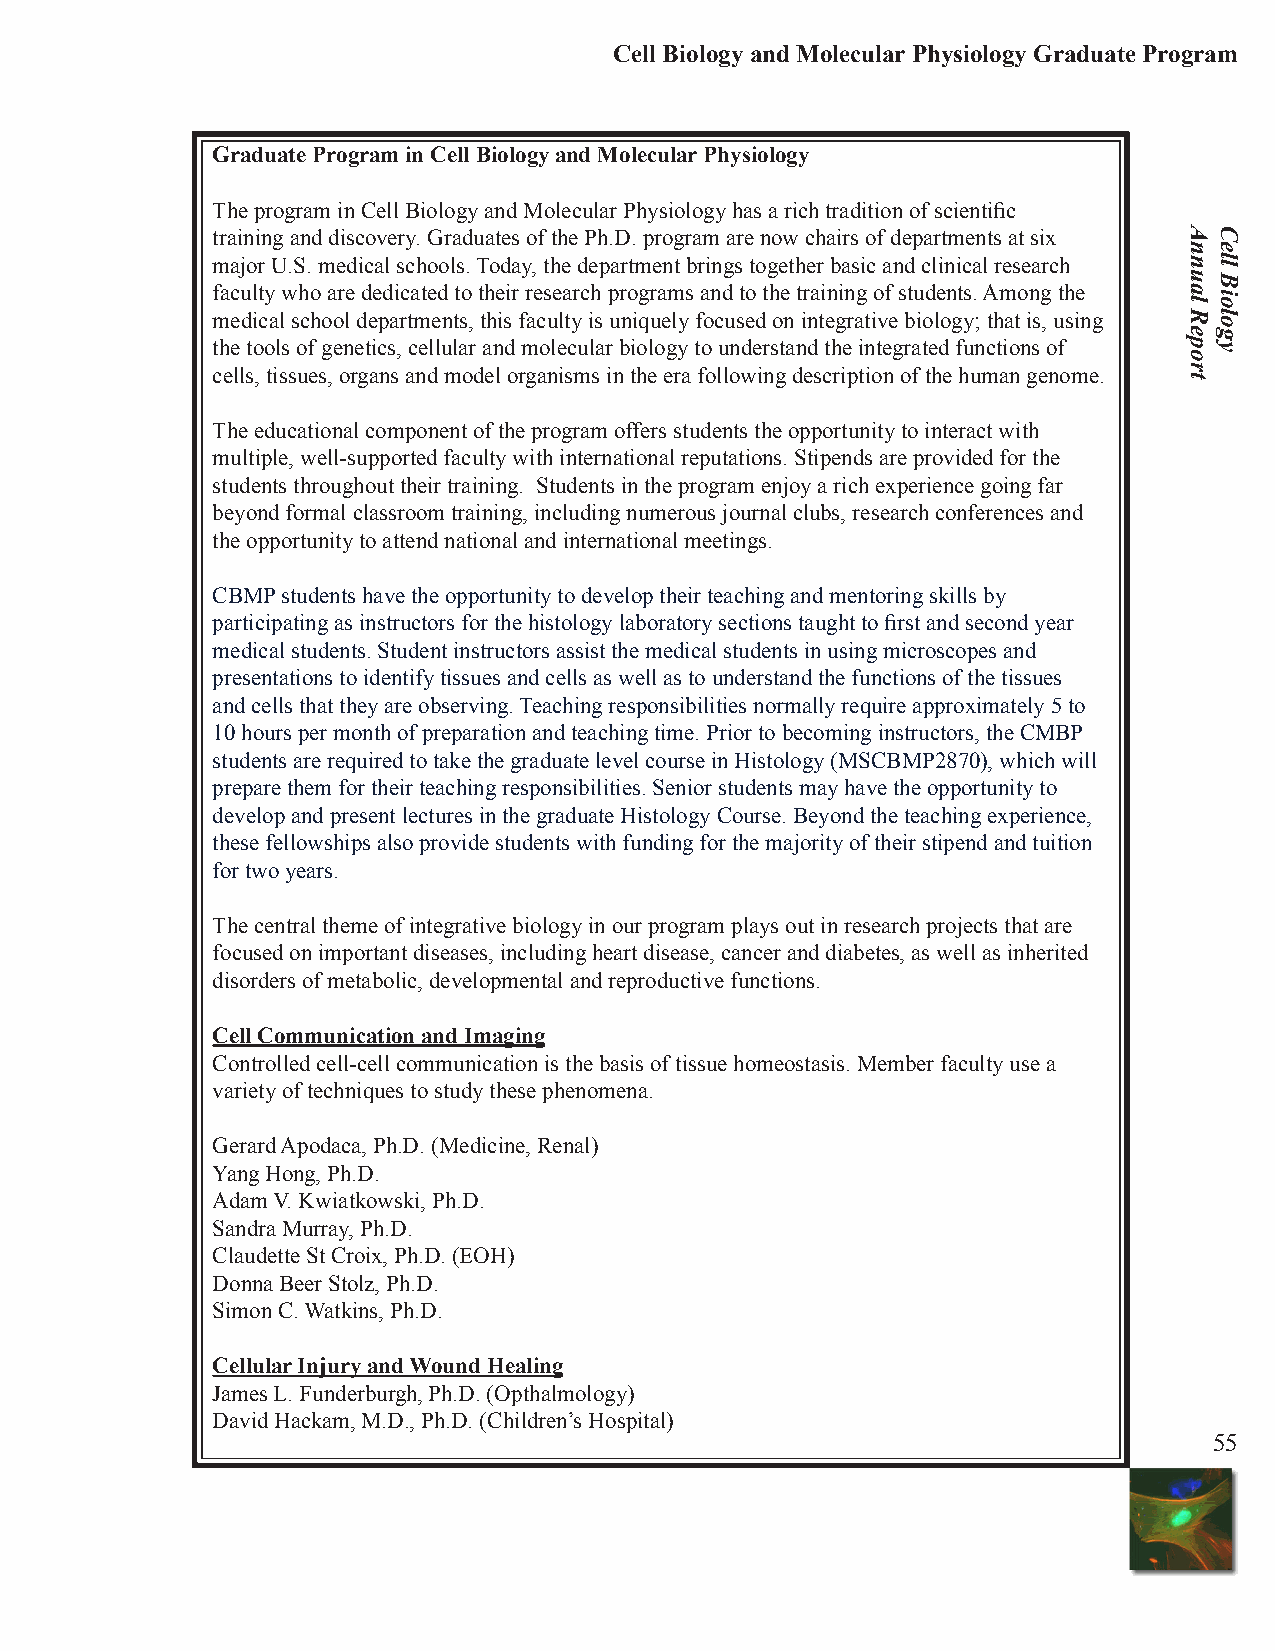
Cell Biology and Molecular Physiology Graduate Program
 Graduate Program in Cell Biology and Molecular Physiology
 The program in Cell Biology and Molecular Physiology has a rich tradition of scientific
 training and discovery. Graduates of the Ph.D. program are now chairs of departments at six
 major U.S. medical schools. Today, the department brings together basic and clinical research
 faculty who are dedicated to their research programs and to the training of students. Among the
 medical school departments, this faculty is uniquely focused on integrative biology; that is, using
 the tools of genetics, cellular and molecular biology to understand the integrated functions of
 cells, tissues, organs and model organisms in the era following description of the human genome.
 The educational component of the program offers students the opportunity to interact with
 multiple, well-supported faculty with international reputations. Stipends are provided for the
 students throughout their training. Students in the program enjoy a rich experience going far
 beyond formal classroom training, including numerous journal clubs, research conferences and
 the opportunity to attend national and international meetings.
 CBMP students have the opportunity to develop their teaching and mentoring skills by
 participating as instructors for the histology laboratory sections taught to first and second year
 medical students. Student instructors assist the medical students in using microscopes and
 presentations to identify tissues and cells as well as to understand the functions of the tissues
 and cells that they are observing. Teaching responsibilities normally require approximately 5 to
 10 hours per month of preparation and teaching time. Prior to becoming instructors, the CMBP
 students are required to take the graduate level course in Histology (MSCBMP2870), which will
 prepare them for their teaching responsibilities. Senior students may have the opportunity to
 develop and present lectures in the graduate Histology Course. Beyond the teaching experience,
 these fellowships also provide students with funding for the majority of their stipend and tuition
 for two years.
 The central theme of integrative biology in our program plays out in research projects that are
 focused on important diseases, including heart disease, cancer and diabetes, as well as inherited
 disorders of metabolic, developmental and reproductive functions.
 Cell Communication and Imaging
 Controlled cell-cell communication is the basis of tissue homeostasis. Member faculty use a
 variety of techniques to study these phenomena.
 Gerard Apodaca, Ph.D. (Medicine, Renal)
 Yang Hong, Ph.D.
 Adam V. Kwiatkowski, Ph.D.
 Sandra Murray, Ph.D.
 Claudette St Croix, Ph.D. (EOH)
 Donna Beer Stolz, Ph.D.
 Simon C. Watkins, Ph.D.
 Cellular Injury and Wound Healing
 James L. Funderburgh, Ph.D. (Opthalmology)
 David Hackam, M.D., Ph.D. (Children’s Hospital)
 55
 Annual
 Report
 Cell
 Biology